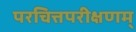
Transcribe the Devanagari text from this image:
परचित्तपरीक्षणम्‌